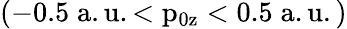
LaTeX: (-0.5\mathrm{\; a.u.<p_{0z}<0.5\mathrm{\; a.u.)}}